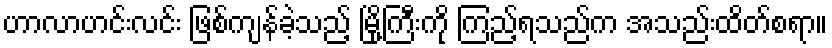
ဟာလာဟင်းလင်း ဖြစ်ကျန်ခဲ့သည့် မြို့ကြီးကို ကြည့်ရသည်က အသည်းထိတ်စရာ။